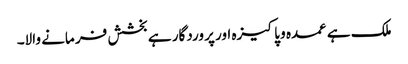
ملک ہے عمدہ و پاکیزہ اور پر وردگار ہے بخشش فر مانے والا۔